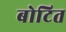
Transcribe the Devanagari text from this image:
बोटित